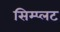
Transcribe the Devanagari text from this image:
सिम्प्लट